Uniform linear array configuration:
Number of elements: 16
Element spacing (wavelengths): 0.5
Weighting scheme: hann
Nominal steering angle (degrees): -45
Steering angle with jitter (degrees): -45.325
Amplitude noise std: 0.05
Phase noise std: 0.05

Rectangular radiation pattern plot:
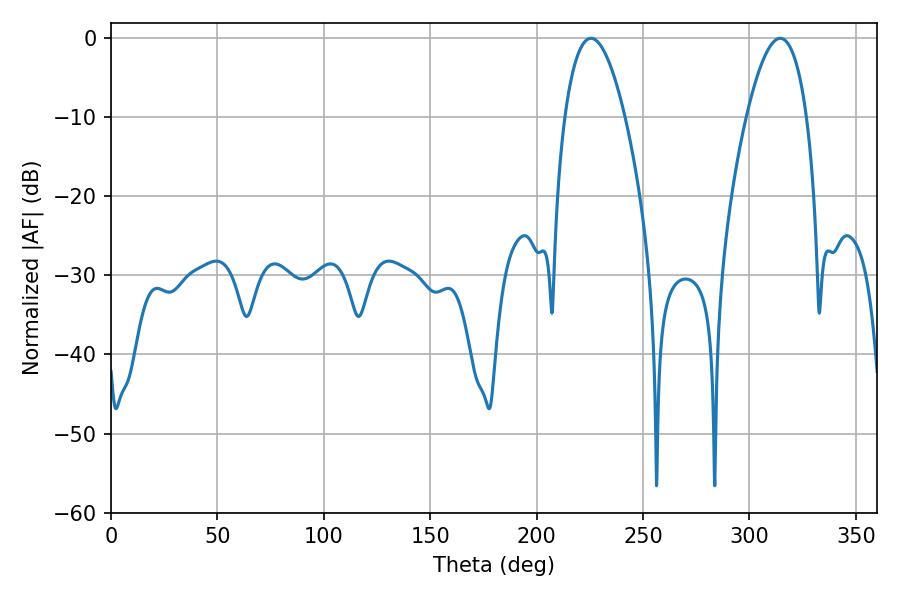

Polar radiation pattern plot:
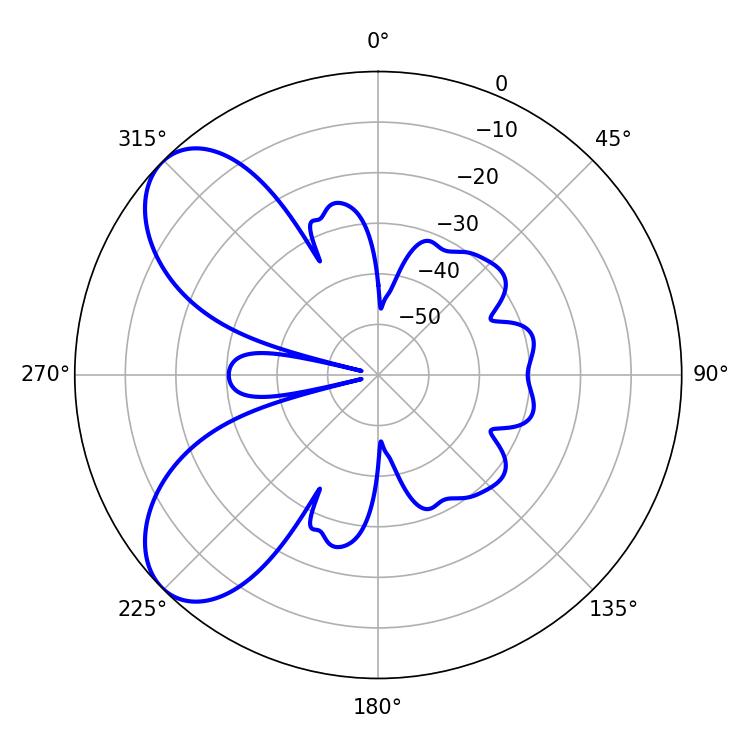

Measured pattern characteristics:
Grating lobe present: FALSE
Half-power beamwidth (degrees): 15.48
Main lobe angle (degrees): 225.54